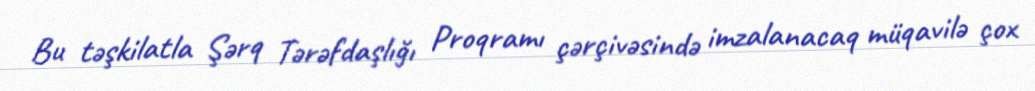
Bu təşkilatla Şərq Tərəfdaşlığı Proqramı çərçivəsində imzalanacaq müqavilə çox